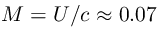
M = U / c \approx 0 . 0 7